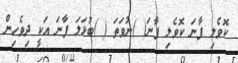
ކޮވެލި ފާނަ ކޮވެލި ފާނަ( )ނުވަތަ ( )ބުޅަލަ ފާނަ އަކީ ދިވެހިން